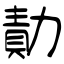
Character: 勣